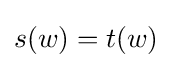
s(w)=t(w)